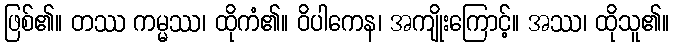
ဖြစ်၏။ တဿ ကမ္မဿ၊ ထိုကံ၏။ ဝိပါကေန၊ အကျိုးကြောင့်။ အဿ၊ ထိုသူ၏။